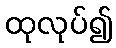
ထုလုပ်၍